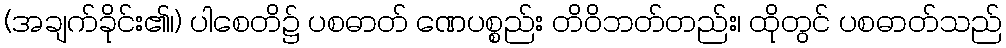
(အချက်ခိုင်း၏၊) ပါစေတိ၌ ပစဓာတ် ဏေပစ္စည်း တိဝိဘတ်တည်း၊ ထိုတွင် ပစဓာတ်သည်